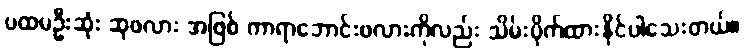
ပထမဦးဆုံး ဆုဖလား အဖြစ် ကာရာဘောင်းဖလားကိုလည်း သိမ်းပိုက်ထားနိုင်ပါသေးတယ်။